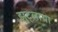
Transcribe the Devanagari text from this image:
झुट्लाया